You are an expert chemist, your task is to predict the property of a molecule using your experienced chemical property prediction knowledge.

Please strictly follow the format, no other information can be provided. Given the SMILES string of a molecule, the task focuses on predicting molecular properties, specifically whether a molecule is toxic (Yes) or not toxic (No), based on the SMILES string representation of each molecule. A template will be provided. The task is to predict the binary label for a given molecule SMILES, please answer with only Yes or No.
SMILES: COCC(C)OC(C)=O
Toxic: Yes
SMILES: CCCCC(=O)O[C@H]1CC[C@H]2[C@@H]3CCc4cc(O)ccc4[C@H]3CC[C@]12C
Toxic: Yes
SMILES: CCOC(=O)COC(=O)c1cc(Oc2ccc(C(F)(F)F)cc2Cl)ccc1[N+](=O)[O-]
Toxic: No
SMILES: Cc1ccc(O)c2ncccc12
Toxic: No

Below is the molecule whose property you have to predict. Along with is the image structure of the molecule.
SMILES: O=C(Nc1ccccc1)N(Cc1ccc(Cl)cc1)C1CCCC1
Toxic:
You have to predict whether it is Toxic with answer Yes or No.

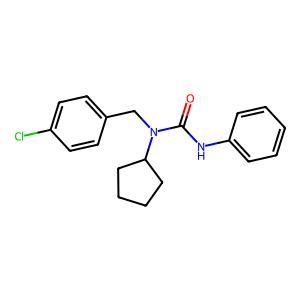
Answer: No